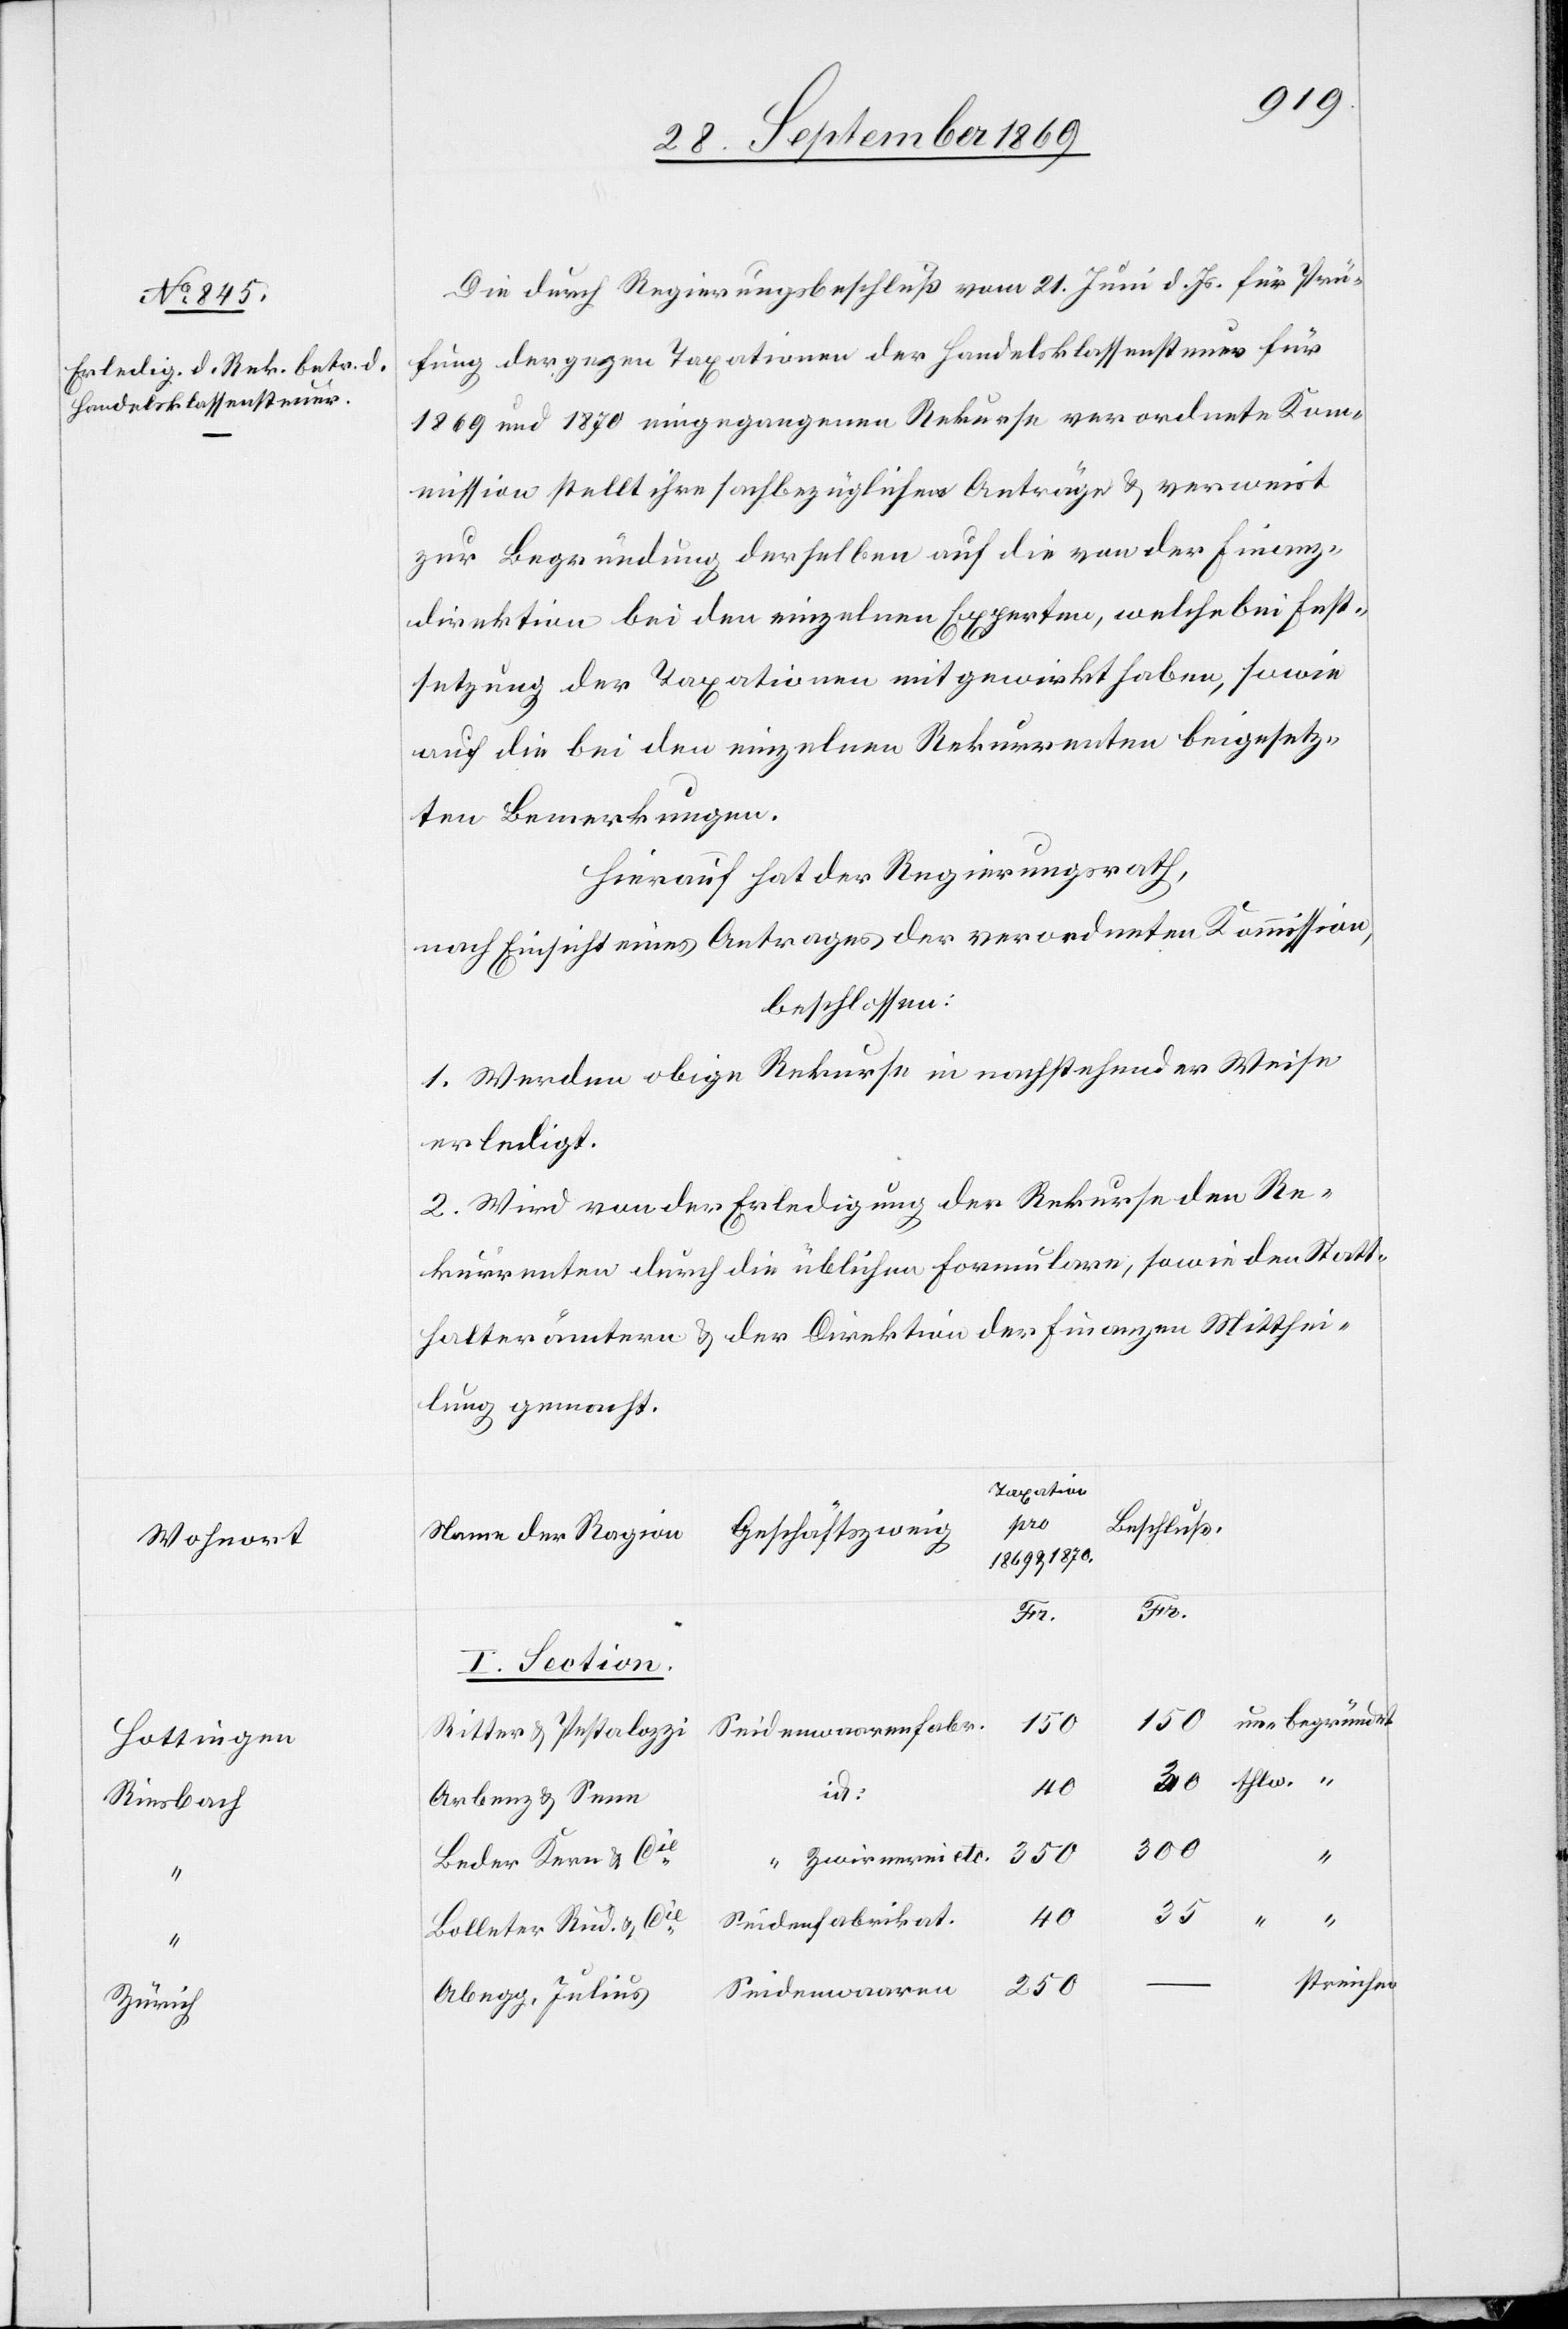
Wohnort
Hottingen
Riesbach
Zürich

Die durch Regierungsbeschluß vom 21. Juni d. Js. für Prü¬
fung der gegen Taxationen der Handelsklassensteuer für
1869 und 1870 eingegangenen Rekurse verordnete Kom¬
mission stellt ihre sachbezüglichen Anträge & verweist
zur Begründung derselben auf die von der Finanz¬
direktion bei den einzelnen Experten, welche bei Fest¬
setzung der Taxationen mitgewirkt haben, sowie
auf die bei den einzelnen Rekurrenten beigesetz¬
ten Bemerkungen.
Hierauf hat der Regierungsrath,
nach Einsicht eines Antrages der verordneten Kommission,
beschlossen:
1. Werden obige Rekurse in nachstehender Weise
erledigt.
2. Wird von der Erledigung der Rekurse den Re¬
kurrenten durch die üblichen Formulare, sowie den Statt¬
halterämtern & der Direktion der Finanzen Mitthei¬
lung gemacht.
Taxation
Beschluß.
Geschäftszweig
Name der Ragion
1869 &1870.
I. Section.
150
Seidenwaarenfabr.
Ritter & Pestalozzi
40
35
Arbenz & Seen
300
Beder Kern & Cie
Seidenfabrikat.
“
Bolleter Ru. & Cie
streichen
250
Seidenwaaren
Abegg, Julius